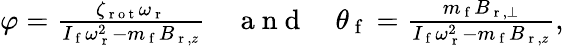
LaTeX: \begin{array}{r}{\varphi=\frac{\zeta_{\mathrm{~r~o~t~}}\omega_{\mathrm{~r~}}}{I_{\mathrm{~f~}}\omega_{\mathrm{~r~}}^{2}-m_{\mathrm{~f~}}B_{\mathrm{~r~},z}}\quad\mathrm{~a~n~d~}\quad\theta_{\mathrm{~f~}}=\frac{m_{\mathrm{~f~}}B_{\mathrm{~r~},\perp}}{I_{\mathrm{~f~}}\omega_{\mathrm{~r~}}^{2}-m_{\mathrm{~f~}}B_{\mathrm{~r~},z}},}\end{array}